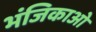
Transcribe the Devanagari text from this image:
भंजिकाओं